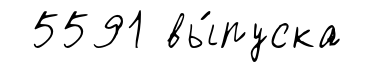
5591 вы́пуска